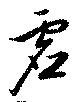
虚